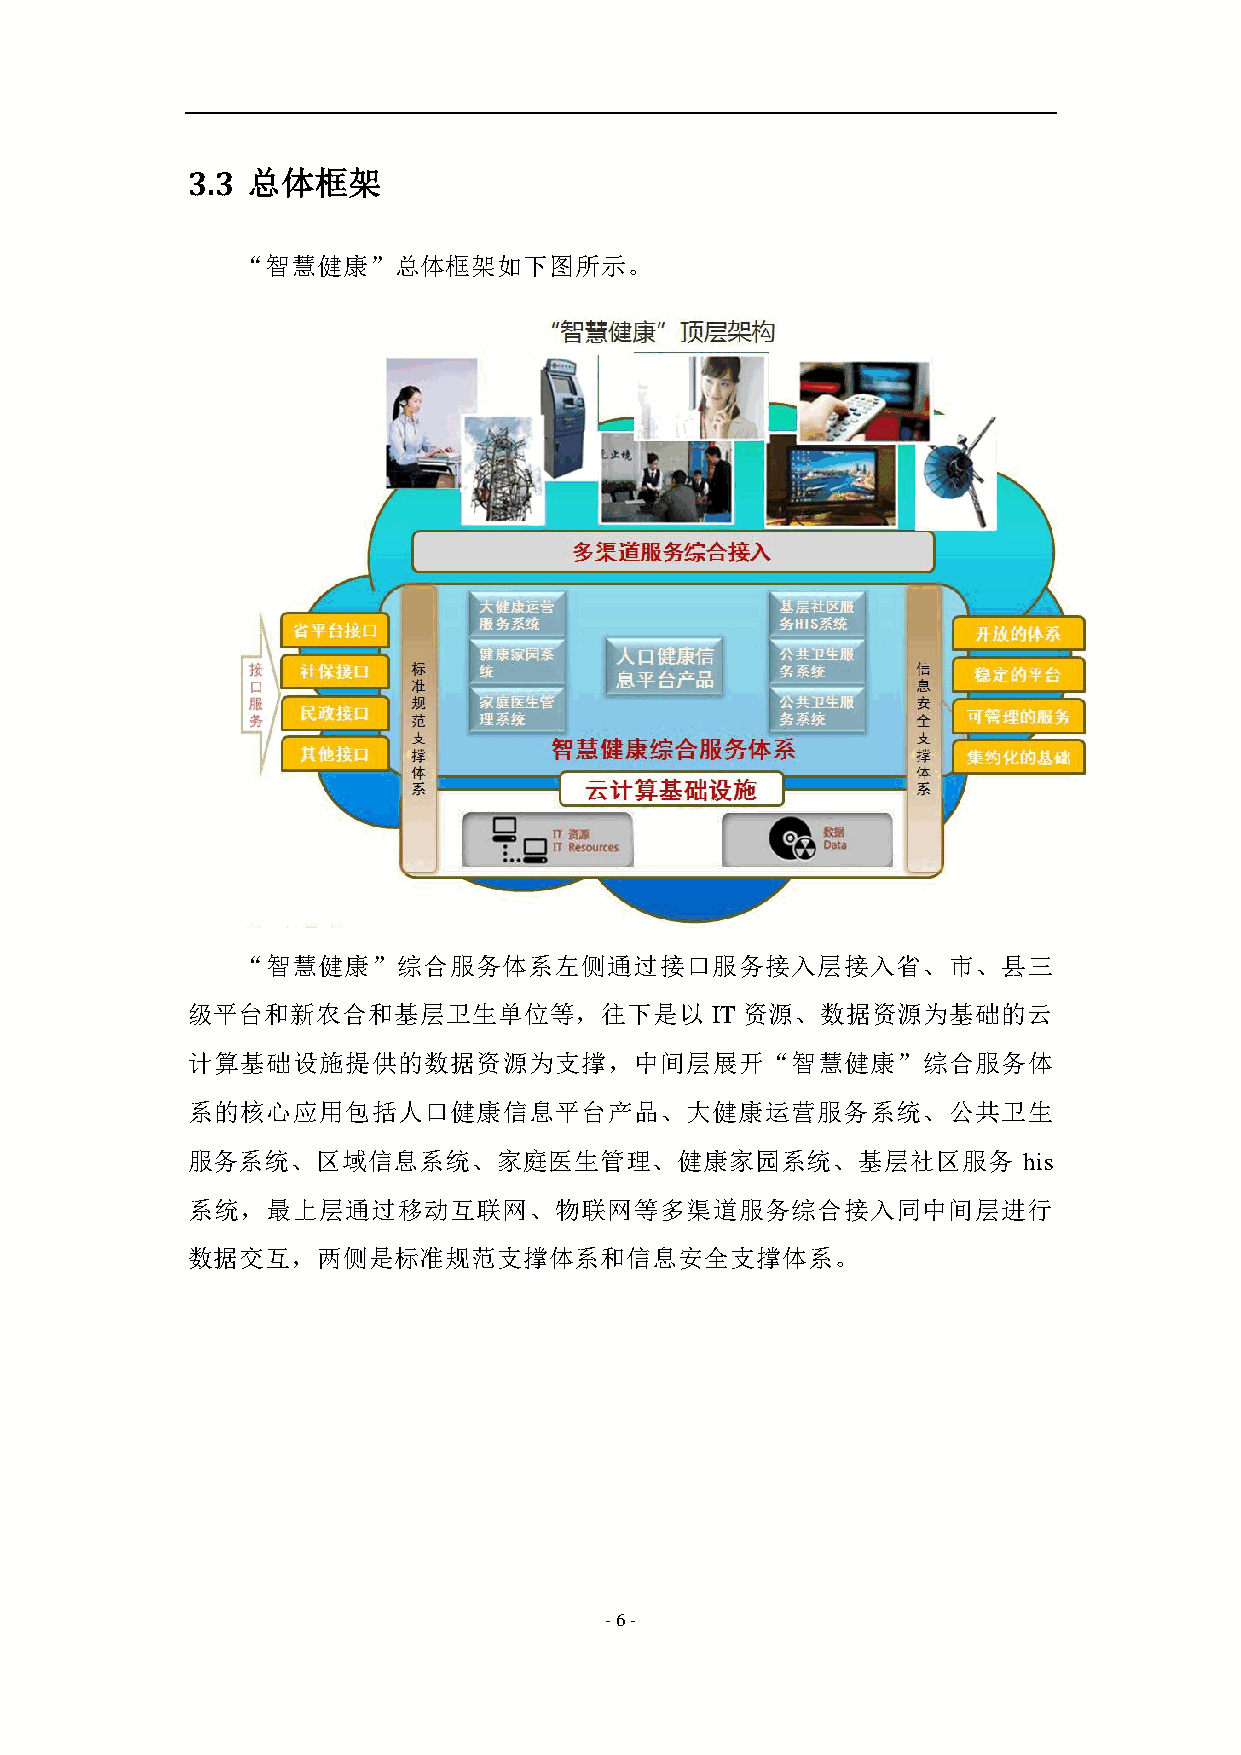
3.3 总体框架
 “智慧健康”总体框架如下图所示。
 “智慧健康”综合服务体系左侧通过接口服务接入层接入省、市、县三
 级平台和新农合和基层卫生单位等，往下是以               IT 资源、数据资源为基础的云
 计算基础设施提供的数据资源为支撑，中间层展开“智慧健康”综合服务体
 系的核心应用包括人口健康信息平台产品、大健康运营服务系统、公共卫生
 服务系统、区域信息系统、家庭医生管理、健康家园系统、基层社区服务                        his
 系统，最上层通过移动互联网、物联网等多渠道服务综合接入同中间层进行
 数据交互，两侧是标准规范支撑体系和信息安全支撑体系。
 - 6 -